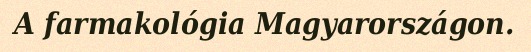
A farmakológia Magyarországon.